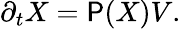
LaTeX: \partial_{t}{X}=\mathsf{P}(X)V.